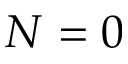
N = 0